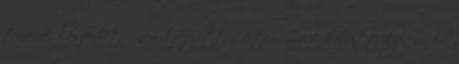
tinának köszönhető, nem kifejezetten értem, miért kellett ilyen undok